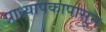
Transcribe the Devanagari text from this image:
प्राध्यापकापासून